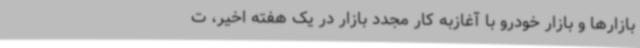
بازارها و بازار خودرو با آغازبه کار مجدد بازار در یک هفته اخیر، ت